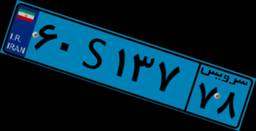
۶۰S۱۳۷۷۸